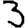
Digit: 3